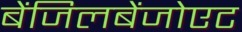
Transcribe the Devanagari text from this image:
बेंजिलबेंजोएट